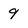
Character: 9